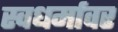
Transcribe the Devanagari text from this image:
स्वधर्मावर